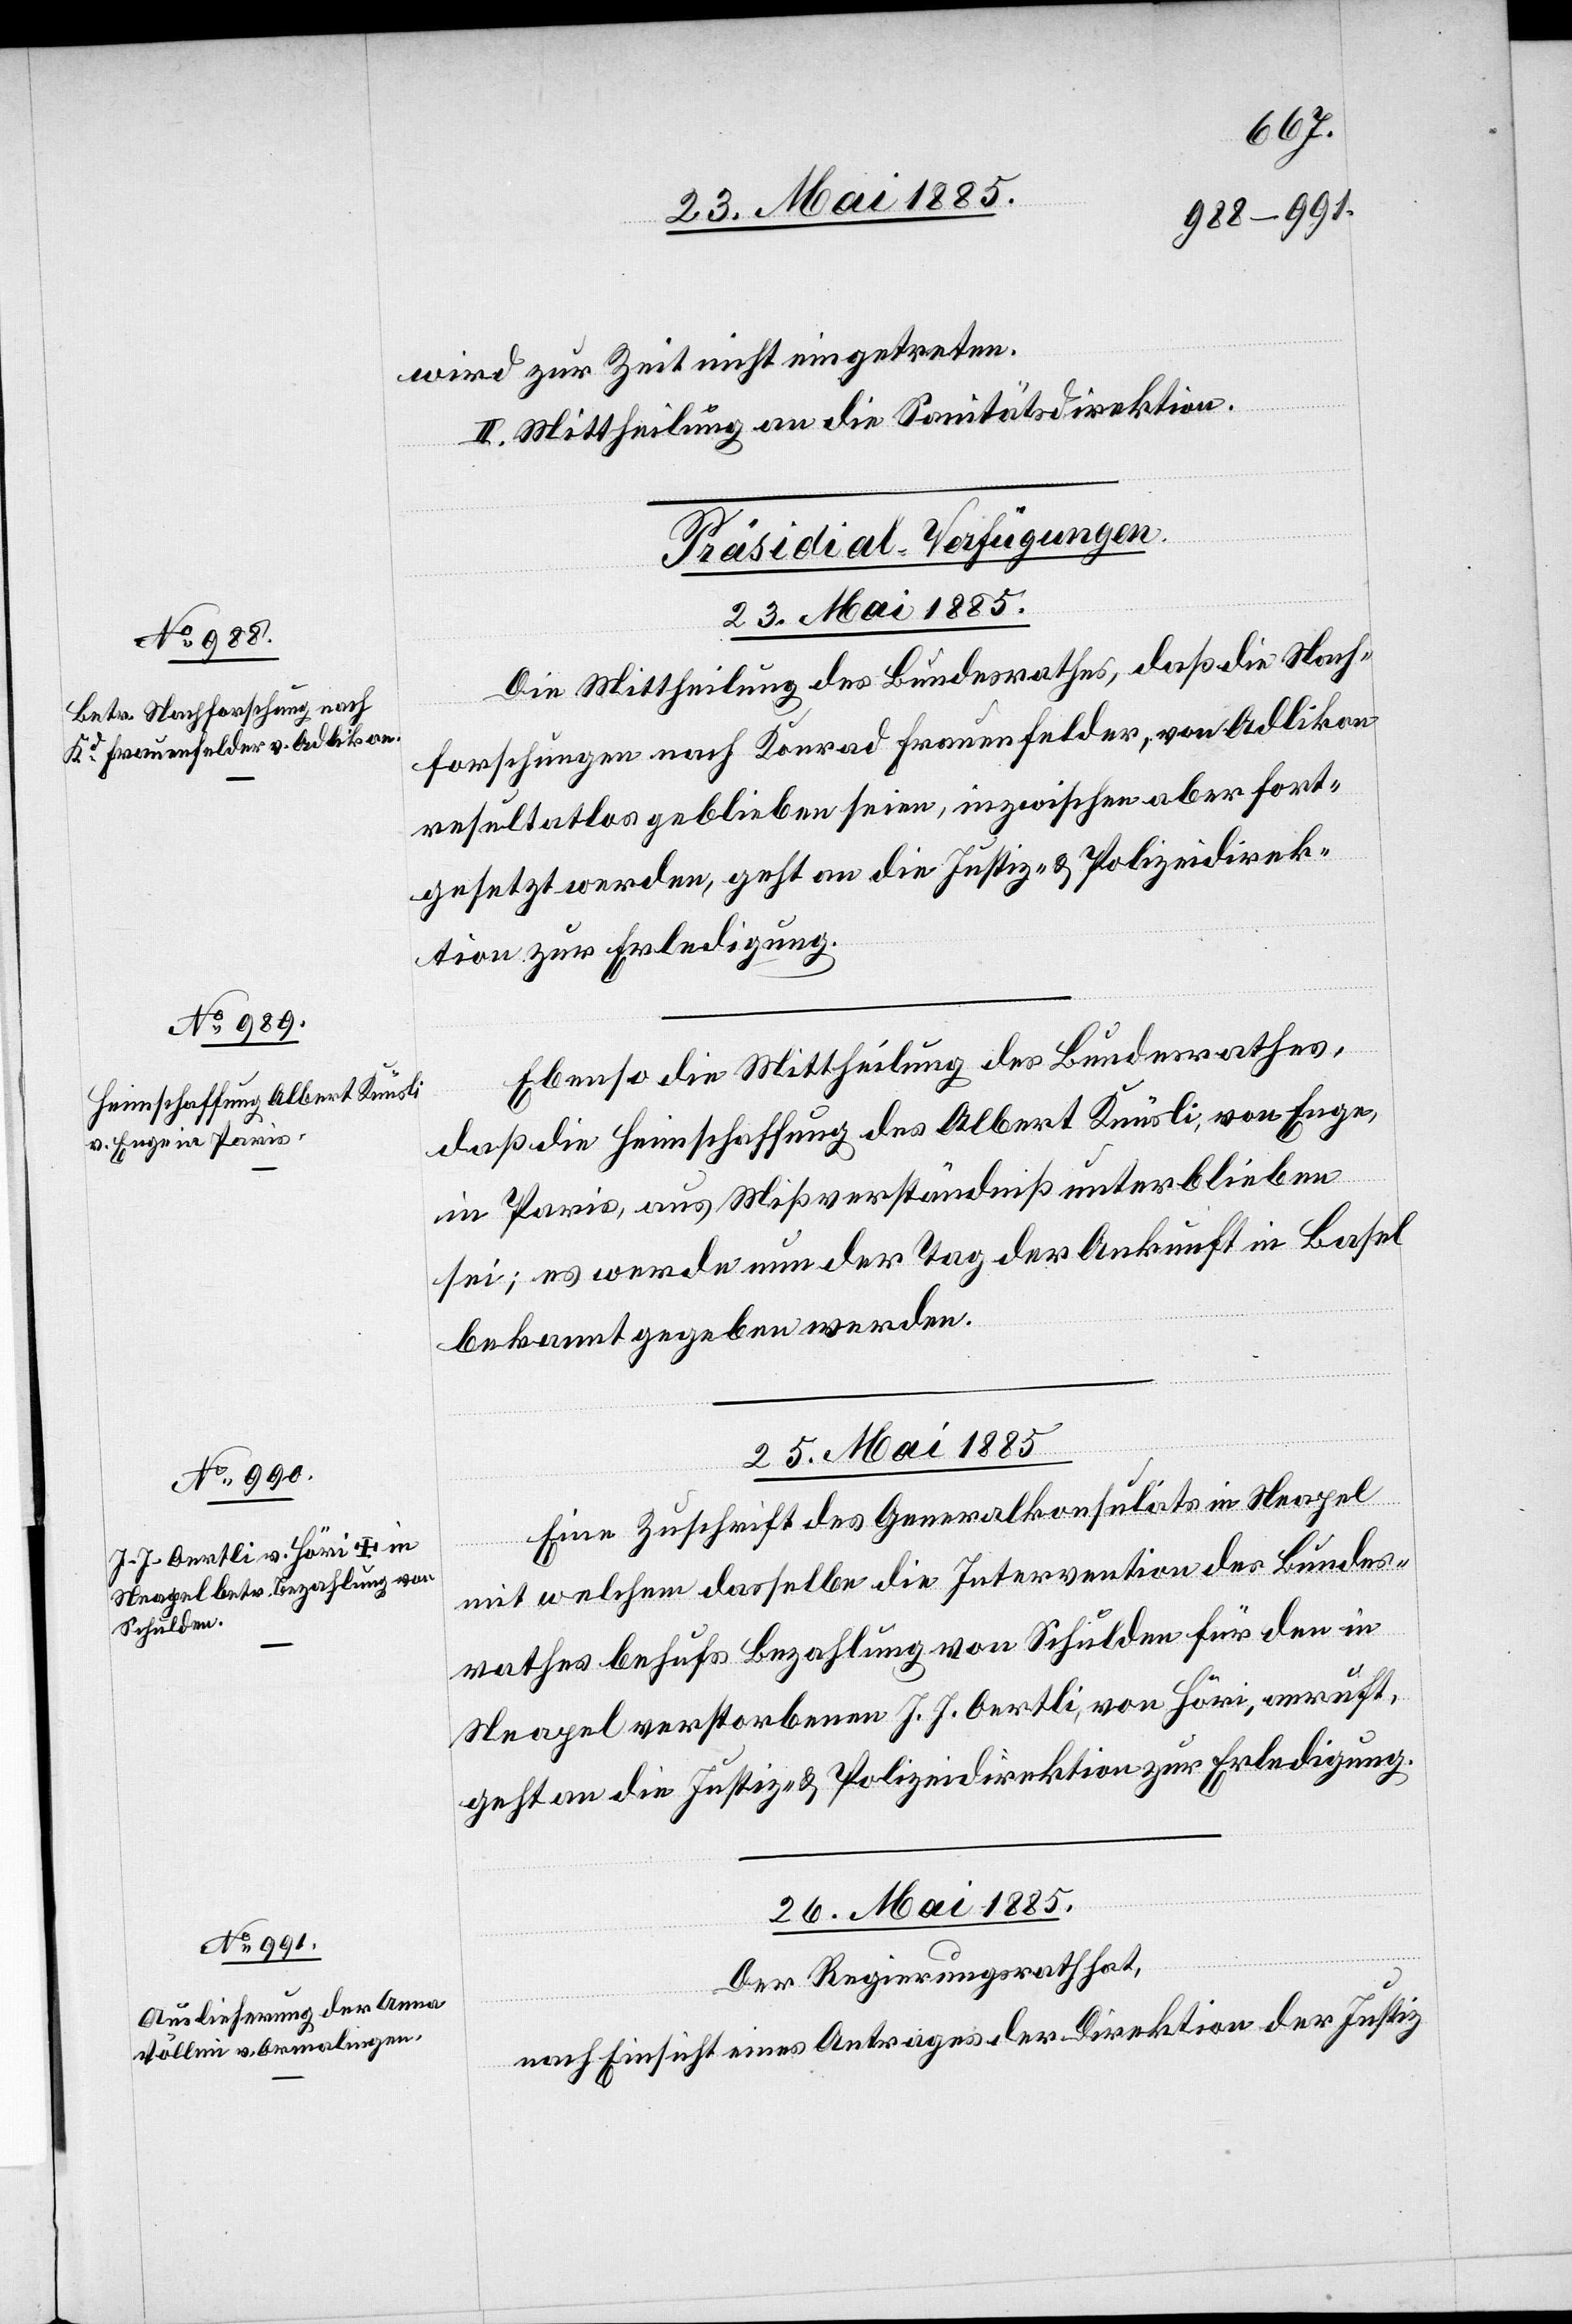
wird zur Zeit nicht eingetreten.
II. Mittheilung an die Sanitätsdirektion.
[Präsidial-Verfügungen.]
Die Mittheilung des Bundesrathes, daß die Nach¬
forschungen nach Konrad Frauenfelder, von Adlikon
resultatlos geblieben seien, inzwischen aber fort¬
gesetzt werden, geht an die Justiz- & Polizeidirek¬
tion zur Erledigung.
Ebenso die Mittheilung des Bundesrathes,
daß die Heimschaffung des Albert Knüsli, von Enge,
in Paris, aus Mißverständniß unterblieben
sei; es werde nun der Tag der Ankunft in Basel
bekannt gegeben werden.
25. Mai 1885.
Eine Zuschrift des Generalkonsulats in Neapel
mit welchem dasselbe die Intervention des Bundes¬
rathes behufs Bezahlung von Schulden für den in
Neapel verstorbenen J. J. Oertli, von Höri, anruft,
geht an die Justiz- & Polizeidirektion zur Erledigung.
26. Mai 1885.
Der Regierungsrath hat,
nach Einsicht eines Antrages der Direktion der Justiz